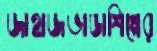
জাহাজভাঙাশিল্পের